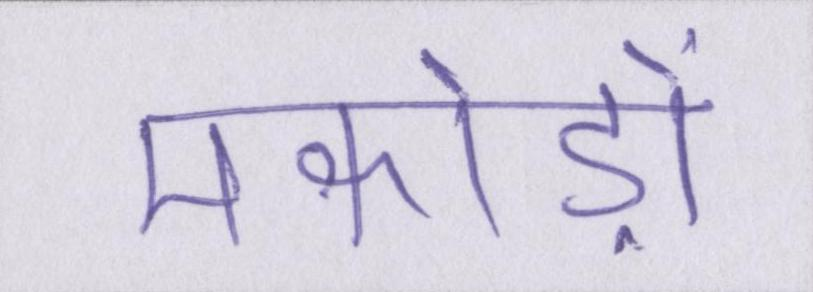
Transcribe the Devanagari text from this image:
मकोड़ों